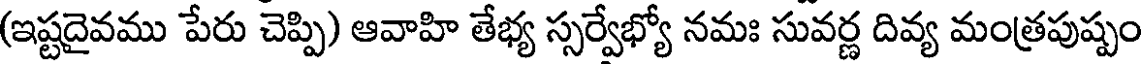
(ఇష్టదైవము పేరు చెప్పి) ఆవాహి తేభ్య స్సర్వేభ్యో నమః సువర్ణ దివ్య మంత్రపుష్పం